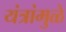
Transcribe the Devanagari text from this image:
यंत्रांमुळे